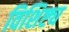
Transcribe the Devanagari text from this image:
विशिष्ट्य